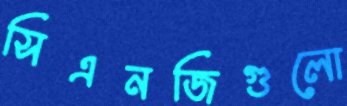
সিএনজিগুলো